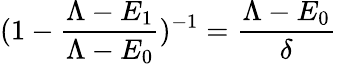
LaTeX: (1-\frac{\Lambda-E_{1}}{\Lambda-E_{0}})^{-1}=\frac{\Lambda-E_{0}}{\delta}